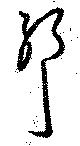
耶